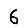
Digit: 6